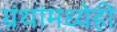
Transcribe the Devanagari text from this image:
ग्रंथांमध्येही